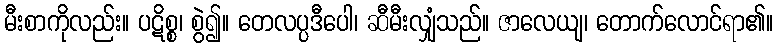
မီးစာကိုလည်း။ ပဋိစ္စ၊ စွဲ၍။ တေလပ္ပဒီပေါ၊ ဆီမီးလျှံသည်။ ဇာလေယျ၊ တောက်လောင်ရာ၏။